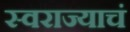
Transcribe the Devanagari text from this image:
स्वराज्याचं